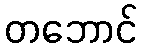
တဘောင်